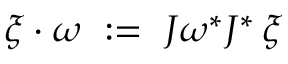
\xi \cdot \omega \ : = \ J \omega ^ { * } J ^ { * } \, \xi